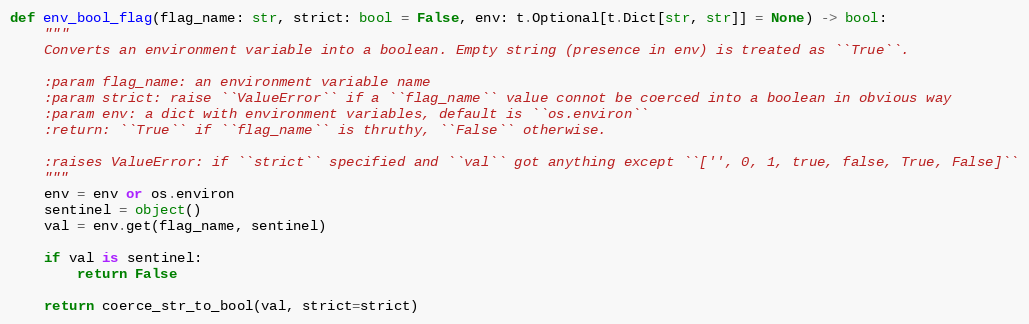
Language: Python
def env_bool_flag(flag_name: str, strict: bool = False, env: t.Optional[t.Dict[str, str]] = None) -> bool:
    """
    Converts an environment variable into a boolean. Empty string (presence in env) is treated as ``True``.

    :param flag_name: an environment variable name
    :param strict: raise ``ValueError`` if a ``flag_name`` value connot be coerced into a boolean in obvious way
    :param env: a dict with environment variables, default is ``os.environ``
    :return: ``True`` if ``flag_name`` is thruthy, ``False`` otherwise.

    :raises ValueError: if ``strict`` specified and ``val`` got anything except ``['', 0, 1, true, false, True, False]``
    """
    env = env or os.environ
    sentinel = object()
    val = env.get(flag_name, sentinel)

    if val is sentinel:
        return False

    return coerce_str_to_bool(val, strict=strict)